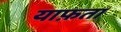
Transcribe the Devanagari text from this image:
याफ़ता